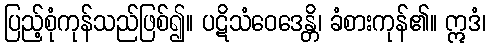
ပြည့်စုံကုန်သည်ဖြစ်၍။ ပဋိသံဝေဒေန္တိ၊ ခံစားကုန်၏။ ဣဒံ၊